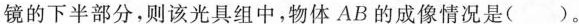
镜的下半部分，则该光具组中，物体AB的成像情况是( )。